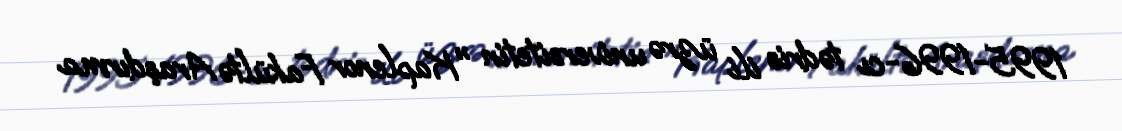
1995-1996-cı tədris ili üzrə universitetin "Kaplenor Fakültə Araşdırma